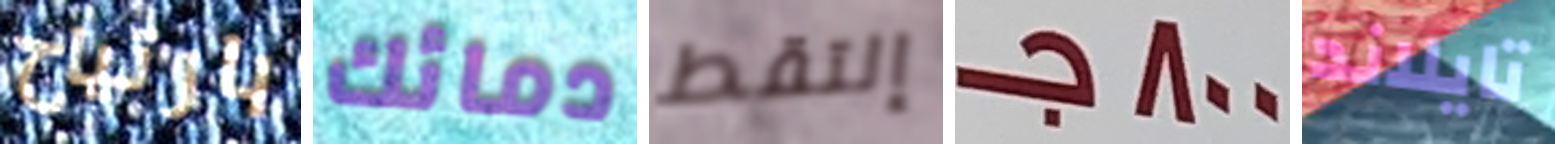
بارتياح دمائك إلتقط 800جـ تايلاند